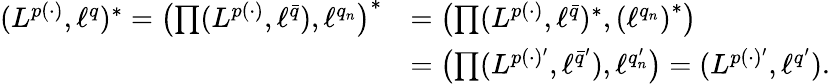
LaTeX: \begin{array}{rl}{(L^{p(\cdot)},\ell^{q})^{*}=\left(\prod(L^{p(\cdot)},\ell^{\bar{q}}),\ell^{q_{n}}\right)^{*}}&{=\left(\prod(L^{p(\cdot)},\ell^{\bar{q}})^{*},\left(\ell^{q_{n}}\right)^{*}\right)}\\ &{=\left(\prod(L^{p(\cdot)^{\prime}},\ell^{\bar{q}^{\prime}}),\ell^{q_{n}^{\prime}}\right)=(L^{p(\cdot)^{\prime}},\ell^{q^{\prime}}).}\end{array}